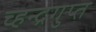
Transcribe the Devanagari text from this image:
च्हन्द्रगुप्त